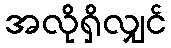
အလိုရှိလျှင်